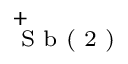
_ \textrm { S b ( 2 ) } ^ { + }